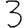
Digit: 3